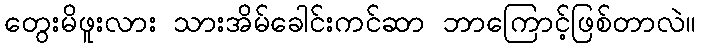
တွေးမိဖူးလား သားအိမ်ခေါင်းကင်ဆာ ဘာကြောင့်ဖြစ်တာလဲ။